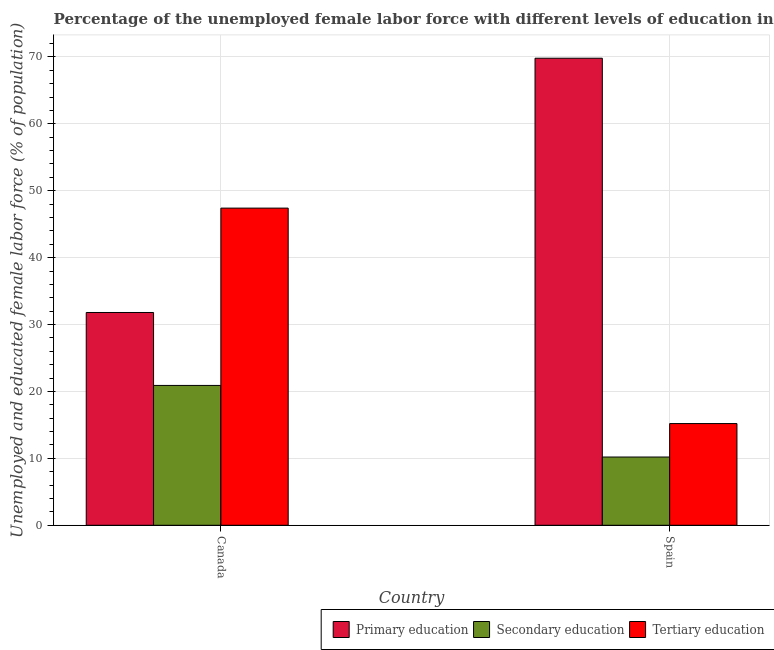
| Country | Primary education | Secondary education | Tertiary education |
 | --- | --- | --- | --- |
 | Canada | 31.8 | 20.9 | 47.4 |
 | Spain | 69.8 | 10.2 | 15.2 |